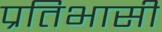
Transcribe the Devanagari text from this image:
प्रतिभासी